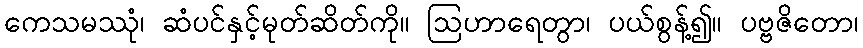
ကေသမဿုံ၊ ဆံပင်နှင့်မုတ်ဆိတ်ကို။ ဩဟာရေတွာ၊ ပယ်စွန့်၍။ ပဗ္ဗဇိတော၊